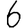
Digit: 6